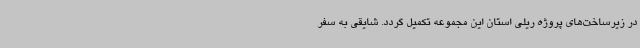
در زیرساخت‌های پروژه ریلی استان این مجموعه تکمیل گردد. شایقی به سفر